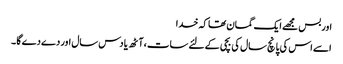
اور بس مجھے ایک گمان تھا کہ خدا
اسے اس کی پانچ سال کی بچی کے لئے سات ،آٹھ یا دس سال اور دے دے گا ۔